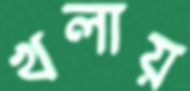
খলায়